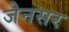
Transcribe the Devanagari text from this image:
जेनसर